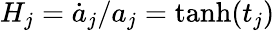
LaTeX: H_{j}=\dot{a}_{j}/a_{j}=\operatorname{tanh}(t_{j})